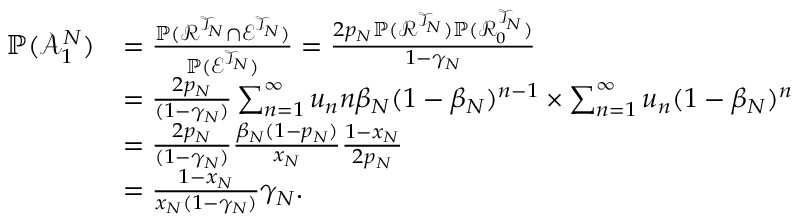
\begin{array} { r l } { \mathbb { P } ( \mathcal { A } _ { 1 } ^ { N } ) } & { = \frac { \mathbb { P } ( \mathcal { R } ^ { \mathcal { T } _ { N } } \cap \mathcal { E } ^ { \mathcal { T } _ { N } } ) } { \mathbb { P } ( \mathcal { E } ^ { \mathcal { T } _ { N } } ) } = \frac { 2 p _ { N } \mathbb { P } ( \mathcal { R } ^ { \mathcal { T } _ { N } } ) \mathbb { P } ( \mathcal { R } _ { 0 } ^ { \mathcal { T } _ { N } } ) } { 1 - \gamma _ { N } } } \\ & { = \frac { 2 p _ { N } } { ( 1 - \gamma _ { N } ) } \sum _ { n = 1 } ^ { \infty } u _ { n } n \beta _ { N } ( 1 - \beta _ { N } ) ^ { n - 1 } \times \sum _ { n = 1 } ^ { \infty } u _ { n } ( 1 - \beta _ { N } ) ^ { n } } \\ & { = \frac { 2 p _ { N } } { ( 1 - \gamma _ { N } ) } \frac { \beta _ { N } ( 1 - p _ { N } ) } { x _ { N } } \frac { 1 - x _ { N } } { 2 p _ { N } } } \\ & { = \frac { 1 - x _ { N } } { x _ { N } ( 1 - \gamma _ { N } ) } \gamma _ { N } . } \end{array}